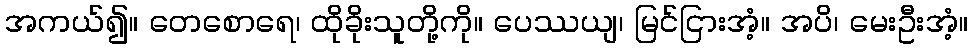
အကယ်၍။ တေစောရေ၊ ထိုခိုးသူတို့ကို။ ပေဿယျ၊ မြင်ငြားအံ့။ အပိ၊ မေးဦးအံ့။